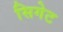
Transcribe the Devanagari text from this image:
सिगेट